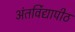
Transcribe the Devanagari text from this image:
अंतर्विद्यापीठ